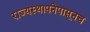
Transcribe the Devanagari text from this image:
राज्यस्थापनेपासूनच